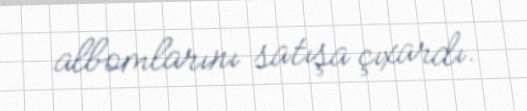
albomlarını satışa çıxardı.